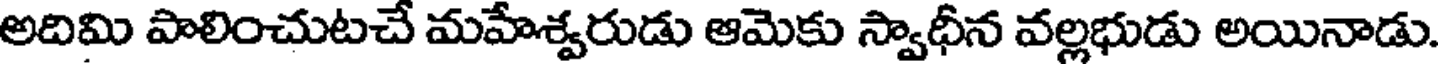
అదిమి పాలించుటచే మహేశ్వరుడు ఆమెకు స్వాధీన వల్లభుడు అయినాడు.